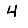
Digit: 4